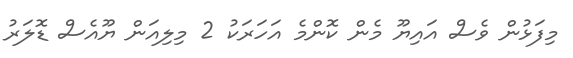
މިފަޅުން ވެސް އައިޔޫ މެން ކޮންމެ އަހަރަކު 2 މިލިއަން ޔޫއެސް ޑޮލަރު